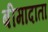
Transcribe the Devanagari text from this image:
बीमादाता